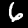
Digit: 6